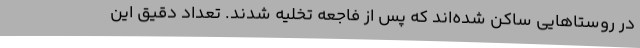
در روستا‌هایی ساکن شده‌اند که پس از فاجعه تخلیه شدند. تعداد دقیق این